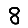
Digit: 8